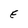
Character: E